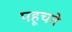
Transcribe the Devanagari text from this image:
पहूचते